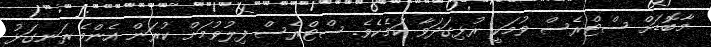
މާބޮޑަށް ސްޓްރެސް ވުމަކީ ރުޅިގަދަވާ ކަމެކެވެ. ސްޓްރެސް ފިލުވުމަށް ކުރަން އެންމެ ރަނގަޅު